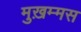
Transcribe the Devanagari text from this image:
मुख़म्मस